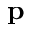
\mathbf { p }